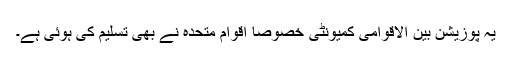
یہ پوزیشن بین الاقوامی کمیونٹی خصوصاً اقوام متحدہ نے بھی تسلیم کی ہوئی ہے۔